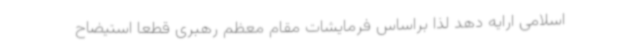
اسلامی ارایه دهد لذا براساس فرمایشات مقام معظم رهبری قطعا استیضاح